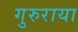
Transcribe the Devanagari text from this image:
गुरुराया